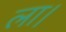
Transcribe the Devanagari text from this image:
ला।